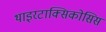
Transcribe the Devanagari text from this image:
थाइरटाक्सिकोसिस